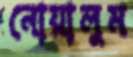
নোয়ালুম